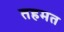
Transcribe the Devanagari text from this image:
तहमत